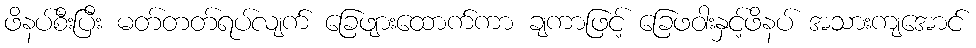
ဖိနပ်စီးပြီး မတ်တတ်ရပ်လျက် ခြေဖျားထောက်ကာ ချကာဖြင့် ခြေဖဝါးနှင့်ဖိနပ် အသားကျအောင်